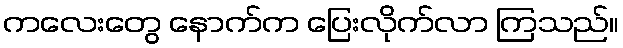
ကလေးတွေ နောက်က ပြေးလိုက်လာ ကြသည်။